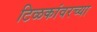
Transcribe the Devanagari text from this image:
टिळकांवरच्या